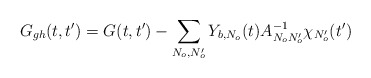
\begin{align*}G_{gh}(t,t')=G(t,t')-\sum_{N_o,N_o'}Y_{b,N_o}(t)A_{N_oN_o'}^{-1}\chi_{N_o'}(t')\end{align*}